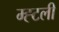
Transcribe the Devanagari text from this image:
म्ह्टली